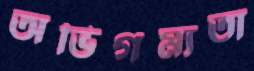
অভিগম্যতা